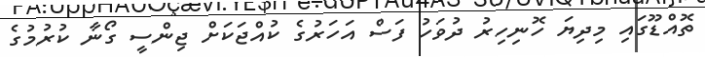
ތޮއްޑޫގައި މިދިޔަ ހޮނިހިރު ދުވަހު ފަސް އަހަރުގެ ކުއްޖަކަށް ޖިންސީ ގޯނާ ކުރުމުގެ